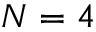
N = 4